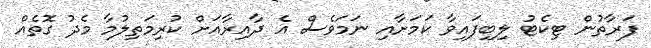
ފަރާތުން ޓިކެޓު ލިބިފައިވާ ކަމަށާއި ނަމަވެސް އެ ދާއިރާއަށް ކުރިމަތިލުމާ މެދު ގޮތެއް